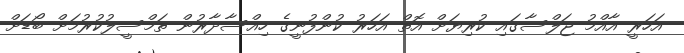
އަހަރީ އާއްމު ޖަލްސާގައި ކުރިޔަށް އޮތް އަހަރު ކުންފުނީގެ ހިއްސާދާރުން ތަމްސީލުކުރުމަށް ބޯޑަށް